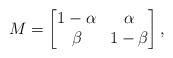
LaTeX: \begin{align*} M =\begin{bmatrix} 1- \alpha & \alpha \\ \beta & 1- \beta \end{bmatrix},\end{align*}